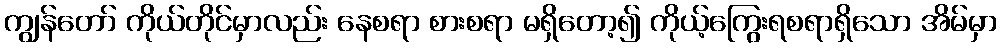
ကျွန်တော် ကိုယ်တိုင်မှာလည်း နေစရာ စားစရာ မရှိတော့၍ ကိုယ့်ကြွေးရစရာရှိသော အိမ်မှာ